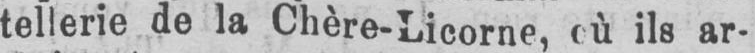
ils ar-